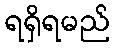
ရရှိရမည်